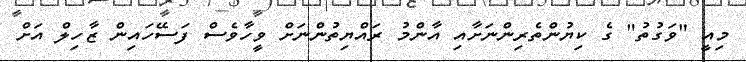
މިއީ "ވަގުތު" ގެ ކިޔުންތެރިންނަށާއި އާންމު ރައްޔިތުންނަށް ވީހާވެސް ފަސޭހައިން ޒާހިލް އަށް